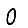
Digit: 0